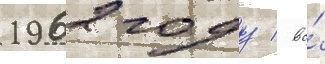
1962 году / во́